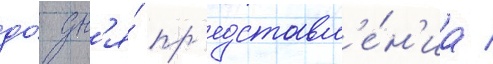
до́ дн'я́ пр'едставл'е́н'иа /